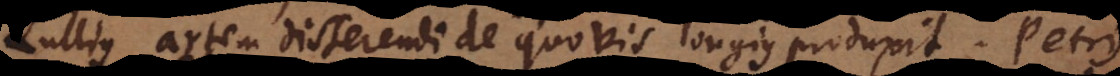
Lullius artem disserendi de quovis longius produxit. Petru